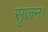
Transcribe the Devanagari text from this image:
सृजन।